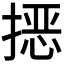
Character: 𭡵